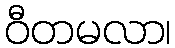
ဝီတမလာ၊